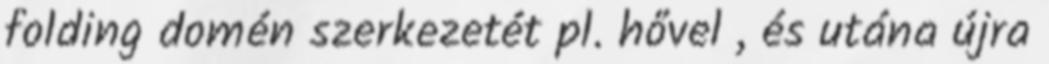
folding domén szerkezetét pl. hővel , és utána újra